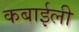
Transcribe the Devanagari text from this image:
कबाईली